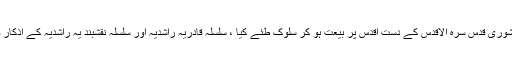
اپنے والد ماجد تاج العافین سر کار مشوری قدس سرہ الاقدس کے دست اقدس پر بیعت ہو کر سلوک طئے کیا ، سلسلہ قادریہ راشدیہ اور سلسلہ نقشبند یہ راشدیہ کے اذکار و افکار کی باقاعدہ تعلیم حاصل کی ۔